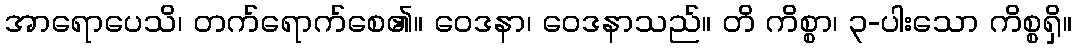
အာရောပေသိ၊ တက်ရောက်စေ၏။ ဝေဒနာ၊ ဝေဒနာသည်။ တိ ကိစ္စာ၊ ၃-ပါးသော ကိစ္စရှိ။